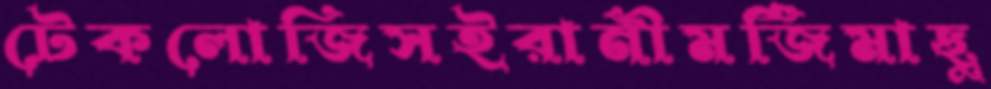
টেকলোজিসইরানীমর্জিমাছু